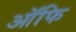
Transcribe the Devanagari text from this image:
ऑफि